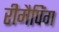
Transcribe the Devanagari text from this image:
रीमैपिंग